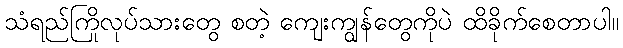
သံရည်ကြိုလုပ်သားတွေ စတဲ့ ကျေးကျွန်တွေကိုပဲ ထိခိုက်စေတာပါ။